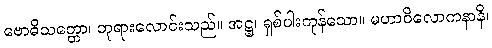
ဗောဓိသတ္တော၊ ဘုရားလောင်းသည်။ အဋ္ဌ၊ ရှစ်ပါးကုန်သော။ မဟာဝိလောကနာနိ၊